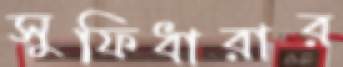
সুফিধারার